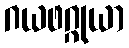
ဂယဖဂ္ဂုယာ